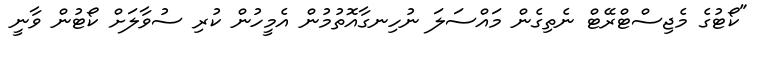
"ކޯޓުގެ މެޖިސްޓްރޭޓް ނެތިގެން މައްސަލަ ނުހިނގާއޮތުމުން އެމީހުން ކުރި ސުވާލަށް ކޯޓުން ވާނީ